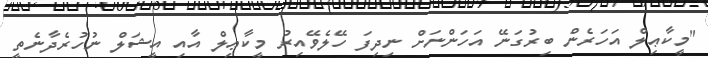
"މީކާޢިލް އަހަރެން ބިރުގަނޭ އަހަންނަށް ނިދިފަ ހޭލެވޭއިރު މީކާޢިލް އާއި އީޝަލް ނުހުރެދާނެތީ